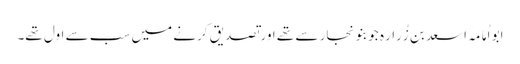
ابو اُمَامَہ اسعد بن زُرَارَہ جو بنو نجار سے تھے اور تصدیق کرنے میں سب سے اول تھے۔